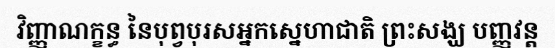
វិញ្ញាណក្ខន្ធ នៃបុព្វបុរសអ្នកស្នេហាជាតិ ព្រះសង្ឃ បញ្ញវន្ត